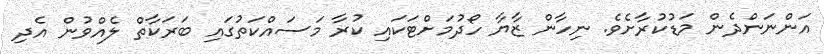
އަންނަންދެން މަޑުކުރާށެވެ. ނިހާން ޒާޔާ ހޯދުމަށްޓަކައި ކުރާ މަސައްކަތުގައި ބަރަކާތް ލެއްވުން އެދި